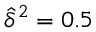
\widehat \delta ^ { 2 } = 0 . 5